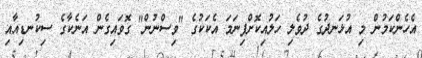
އެހެންކަމުން މި އުޅަނދުގެ ދުވެލި ހަލުއިކޮށްފިނަމަ އެކަކުގެ "ވިސްނުން" ގޮވައިގެން އަނެކާގެ ސިކުނޑިއާއި